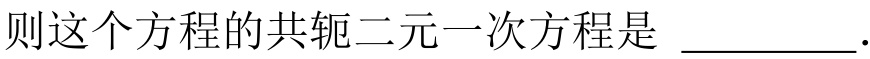
则这个方程的共轭二元一次方程是 \(\underline{\quad\quad}\).